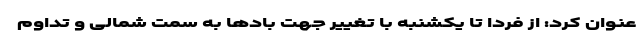
عنوان کرد: از فردا تا یکشنبه با تغییر جهت بادها به سمت شمالی و تداوم